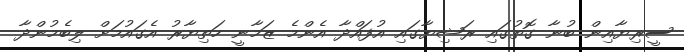
ސީރިޔާއިން ބުނާ ގޮތުގައި ރަޝިޔާގައި އުފައްދާ އެންމެ ޒަމާނީ ހަތިޔާރު އެގައުމަށް ލިބެމުންދާ